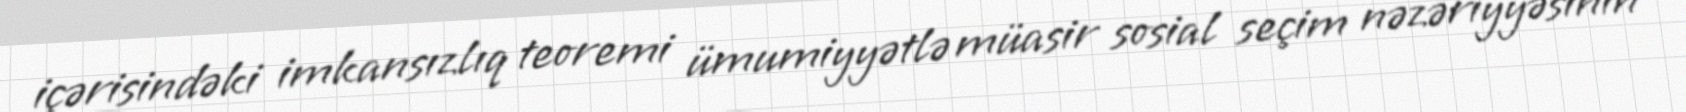
içərisindəki imkansızlıq teoremi ümumiyyətlə müasir sosial seçim nəzəriyyəsinin